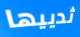
ثدييها